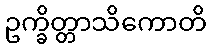
ဥက္ခိတ္တာသိကောတိ